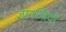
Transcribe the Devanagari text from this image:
ज्ञानन्द्रियों